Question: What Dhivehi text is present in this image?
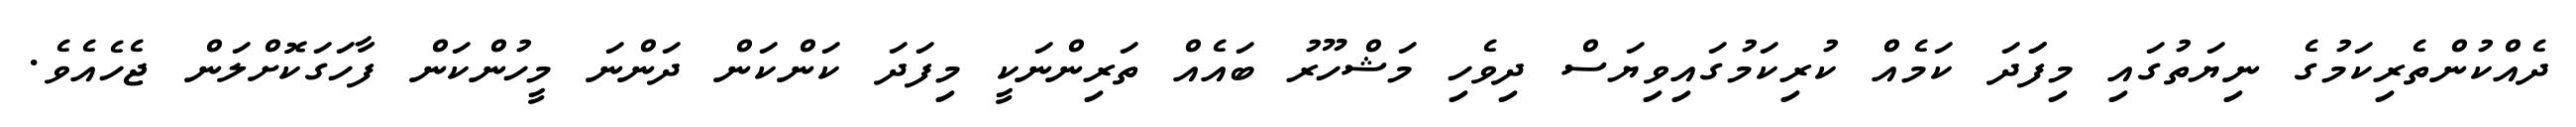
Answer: ދެއްކުންތެރިކަމުގެ ނިޔަތުގައި މިފަަދަ ކަމެއް ކުރިކަމުގައިވިޔަސް ދިވެހި މަޝްހޫރު ބައެއް ތަރިންނަކީ މިފަދަ ކަންކަން ދަންނަ މީހުންކަން ފާހަގަކޮށްލަން ޖެހެއެވެ.